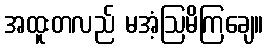
အထူးတလည် မအံ့ဩမိကြချေ။